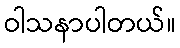
ဝါသနာပါတယ်။